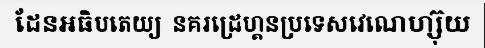
ដែនអធិបតេយ្យ  នគរដ្រេហ្គនប្រទេសវេណេហ្ស៊ុយ